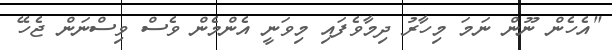
"އެހެން ނޫން ނަމަ މިހާރު ދިމާވެފައި މިވަނީ އެންމެން ވެސް ވިސްނަން ޖެހޭ